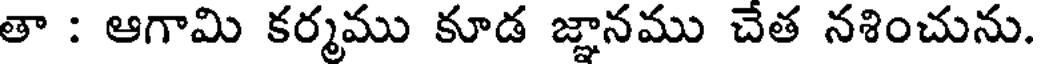
తా : ఆగామి కర్మము కూడ జ్ఞానము చేత నశించును.